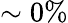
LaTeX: \sim 0\%